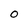
Character: O